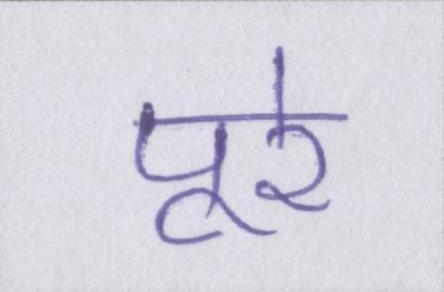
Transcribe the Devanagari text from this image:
पूरे